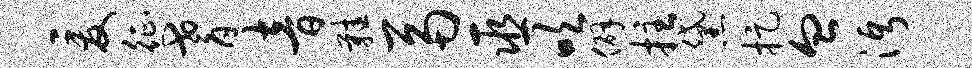
爰征耆音鞋鬲巫吹僻拄黛捉血沔